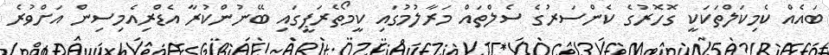
ބައެއް ކެމިކަލްތަކަކީ ގޮހޮރުގެ ކެންސަރުގެ ސެލްތައް މަރާލުމުގައި ކީމޯތެރަޕީގައި ބޭނުންކުރާ އެޑްރިއެމިސިން އަށްވުރެ